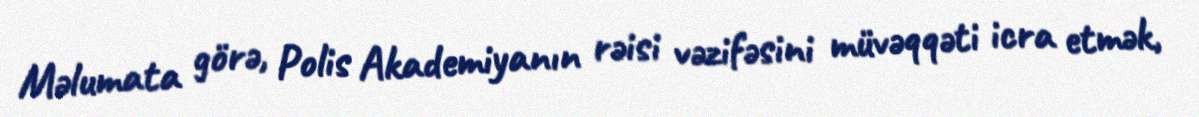
Məlumata görə, Polis Akademiyanın rəisi vəzifəsini müvəqqəti icra etmək,